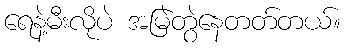
ရေနဲ့မီးလိုပဲ အမြဲတွဲနေတတ်တယ်။